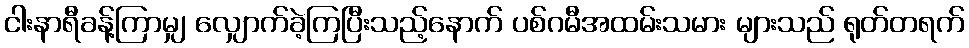
ငါးနာရီခန့်ကြာမျှ လျှောက်ခဲ့ကြပြီးသည့်နောက် ပစ်ဂမီအထမ်းသမား များသည် ရုတ်တရက်